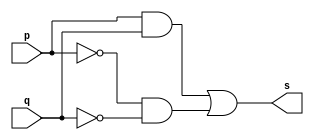
// Exercicio 07 - XNOR
// Nome: Victor Raphael Machado de Amorim
// -------------------------

// -------------------------
// -- xnor gate
// -------------------------
module xnorgate (output s, input p, input q);
	assign s = (p & q) | (~p & ~q);
	
endmodule // xnorgate

// -------------------------
// -- test xnorgate
// -------------------------
module testxnorgate;
// ------------------------- dados locais
	reg a, b; // definir registrador
				// (variavel independente)
	wire s; // definir conexao (fio)
				// (variavel dependente )
// ------------------------- instancia
	xnorgate XNOR1 (s, a, b);
// ------------------------- preparacao
	initial begin:start
					// atribuicao simultanea
					// dos valores iniciais
	 a=0; b=0;
	end
// ------------------------- parte principal
 initial begin:main
		// execucao unitaria
	$display("Exercicio 02 - Victor Raphael Machado de Amorim - 420147");
	$display("Test XNOR gate:");
	$display("\na XNOR b = s\n");
	$monitor("%b XNOR %b = %b", a, b, s);

 #1 a=1;
 #1 a=0; b=1;
 #1 a=1; b=1;
 end
 
endmodule // testxnorgate